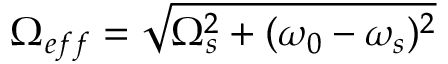
\Omega _ { e f f } = \sqrt { \Omega _ { s } ^ { 2 } + ( \omega _ { 0 } - \omega _ { s } ) ^ { 2 } }